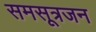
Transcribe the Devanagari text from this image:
समसूत्रजन